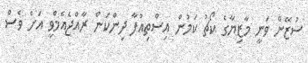
ސުޒޭން ވަނީ މާޒިޔާގެ ކޯޗު ކަމުން އިސްތިއުފާ ދިންކަން ރާއްޖެއެމްވީ އަށް ވެސް